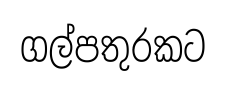
ගල්පතුරකට